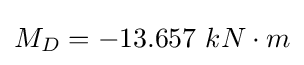
M_{D}=-13.657\ kN\cdot m